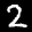
Label: 2